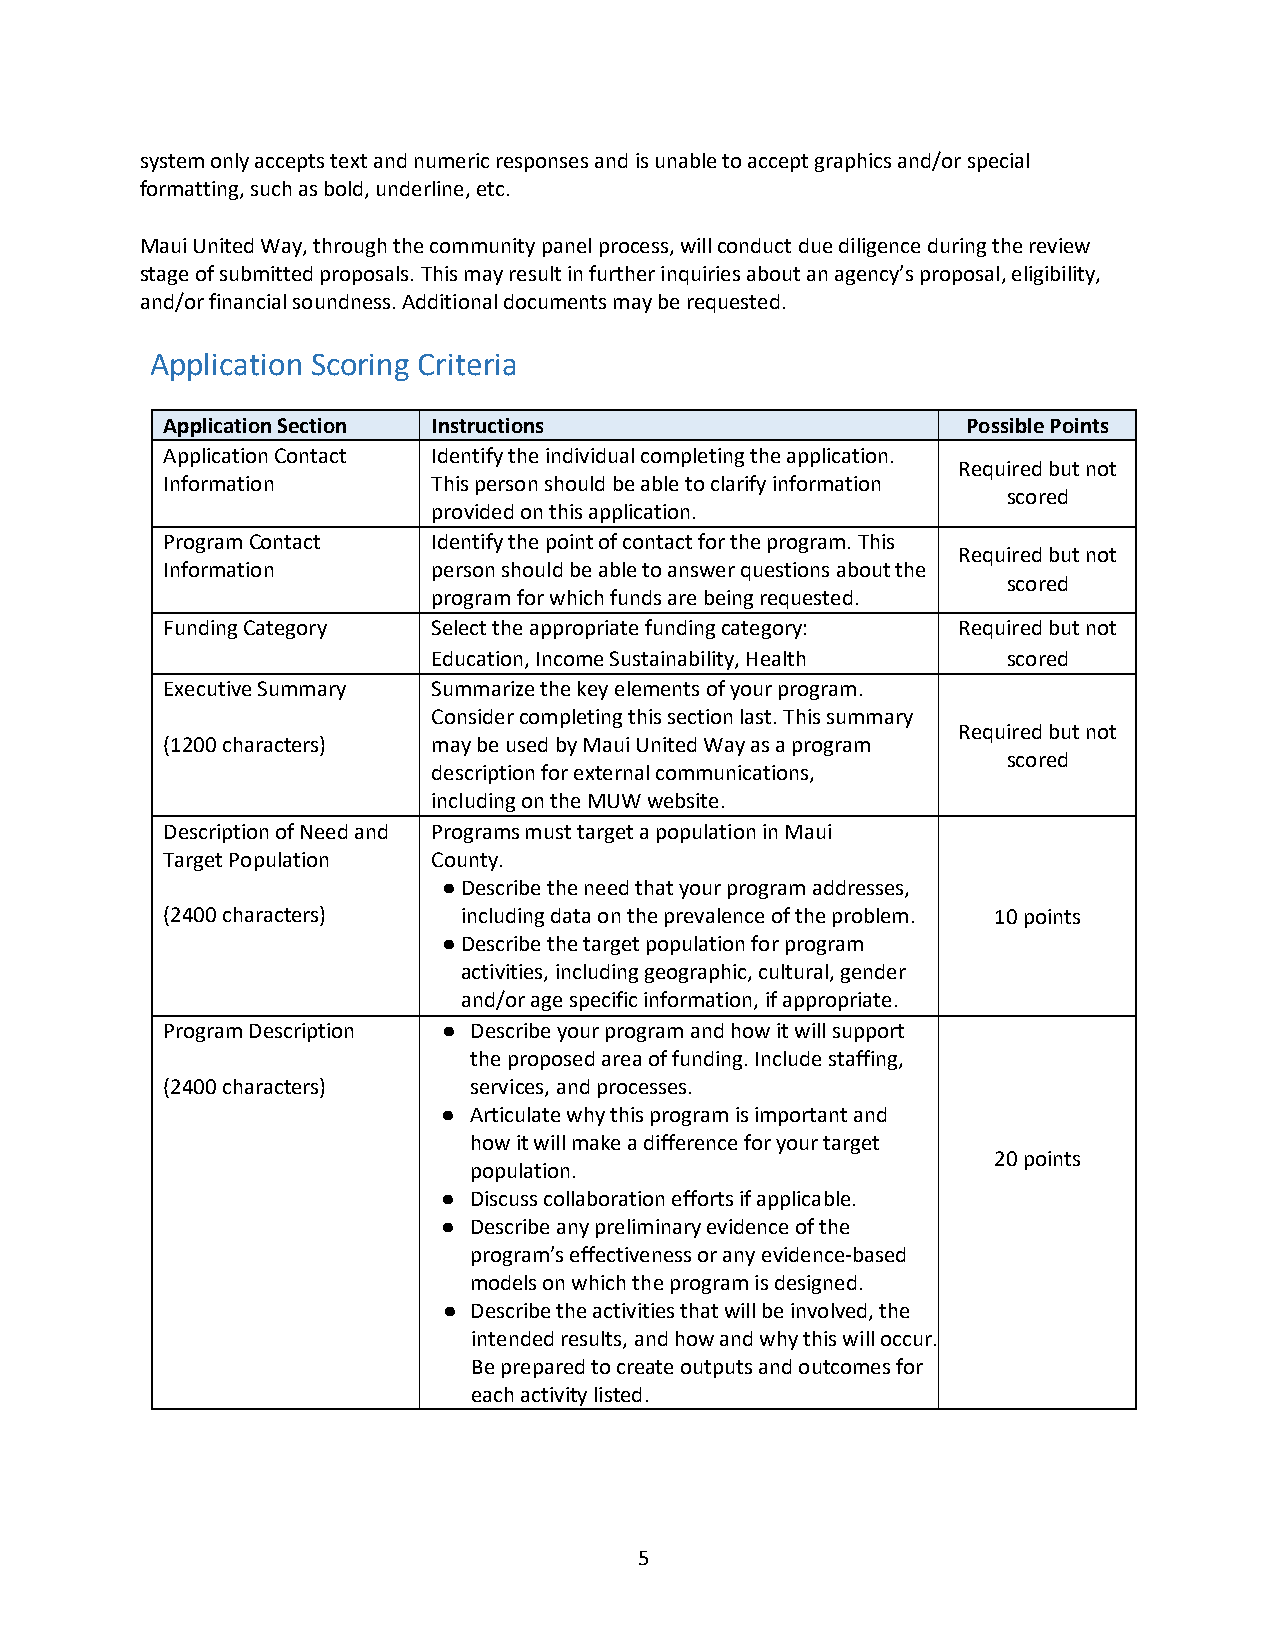
system only accepts text and numeric responses and is unable to accept graphics and/or special
 formatting, such as bold, underline, etc.
 Maui United Way, through the community panel process, will conduct due diligence during the review
 stage of submitted proposals. This may result in further inquiries about an agency’s proposal, eligibility,
 and/or financial soundness. Additional documents may be requested.
 Application Scoring Criteria
 Application Section Instructions                     Possible Points
 Application Contact Identify the individual completing the application.
 Required but not
 Information       This person should be able to clarify information
 scored
 provided on this application.
 Program Contact   Identify the point of contact for the program. This
 Required but not
 Information       person should be able to answer questions about the
 scored
 program for which funds are being requested.
 Funding Category  Select the appropriate funding category: Required but not
 Education, Income Sustainability, Health scored
 Executive Summary Summarize the key elements of your program.
 Consider completing this section last. This summary
 Required but not
 (1200 characters) may be used by Maui United Way as a program
 scored
 description for external communications,
 including on the MUW website.
 Description of Need and Programs must target a population in Maui
 Target Population County.
 ● Describe the need that your program addresses,
 (2400 characters)   including data on the prevalence of the problem. 10 points
 ● Describe the target population for program
 activities, including geographic, cultural, gender
 and/or age specific information, if appropriate.
 Program Description ● Describe your program and how it will support
 the proposed area of funding. Include staffing,
 (2400 characters)   services, and processes.
 ● Articulate why this program is important and
 how it will make a difference for your target
 20 points
 population.
 ● Discuss collaboration efforts if applicable.
 ● Describe any preliminary evidence of the
 program’s effectiveness or any evidence-based
 models on which the program is designed.
 ● Describe the activities that will be involved, the
 intended results, and how and why this will occur.
 Be prepared to create outputs and outcomes for
 each activity listed.
 5